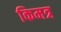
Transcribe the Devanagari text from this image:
किमत्र